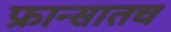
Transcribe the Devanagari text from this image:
फ्रान्सातच